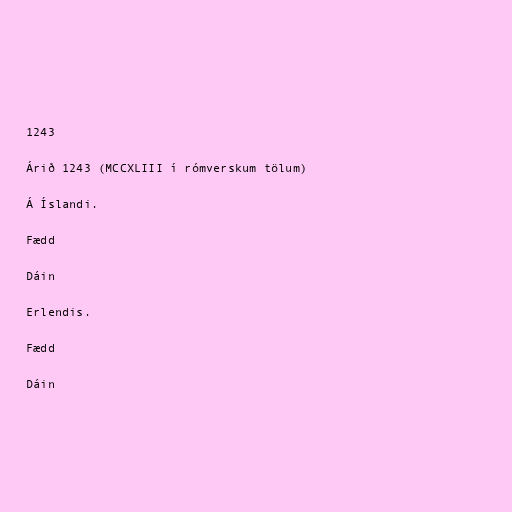
1243

Árið 1243 (MCCXLIII í rómverskum tölum)

Á Íslandi.

Fædd

Dáin

Erlendis.

Fædd

Dáin